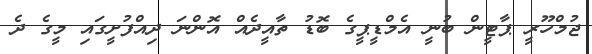
ޖުމްހޫރީ ޕާޓީން ބުނީ އެމްޑީޕީގެ ބޮޑު ތާއީދެއް އޮންނަ ދިއްފުށީގައި މީގެ ދެ